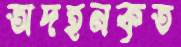
অদহনকৃত